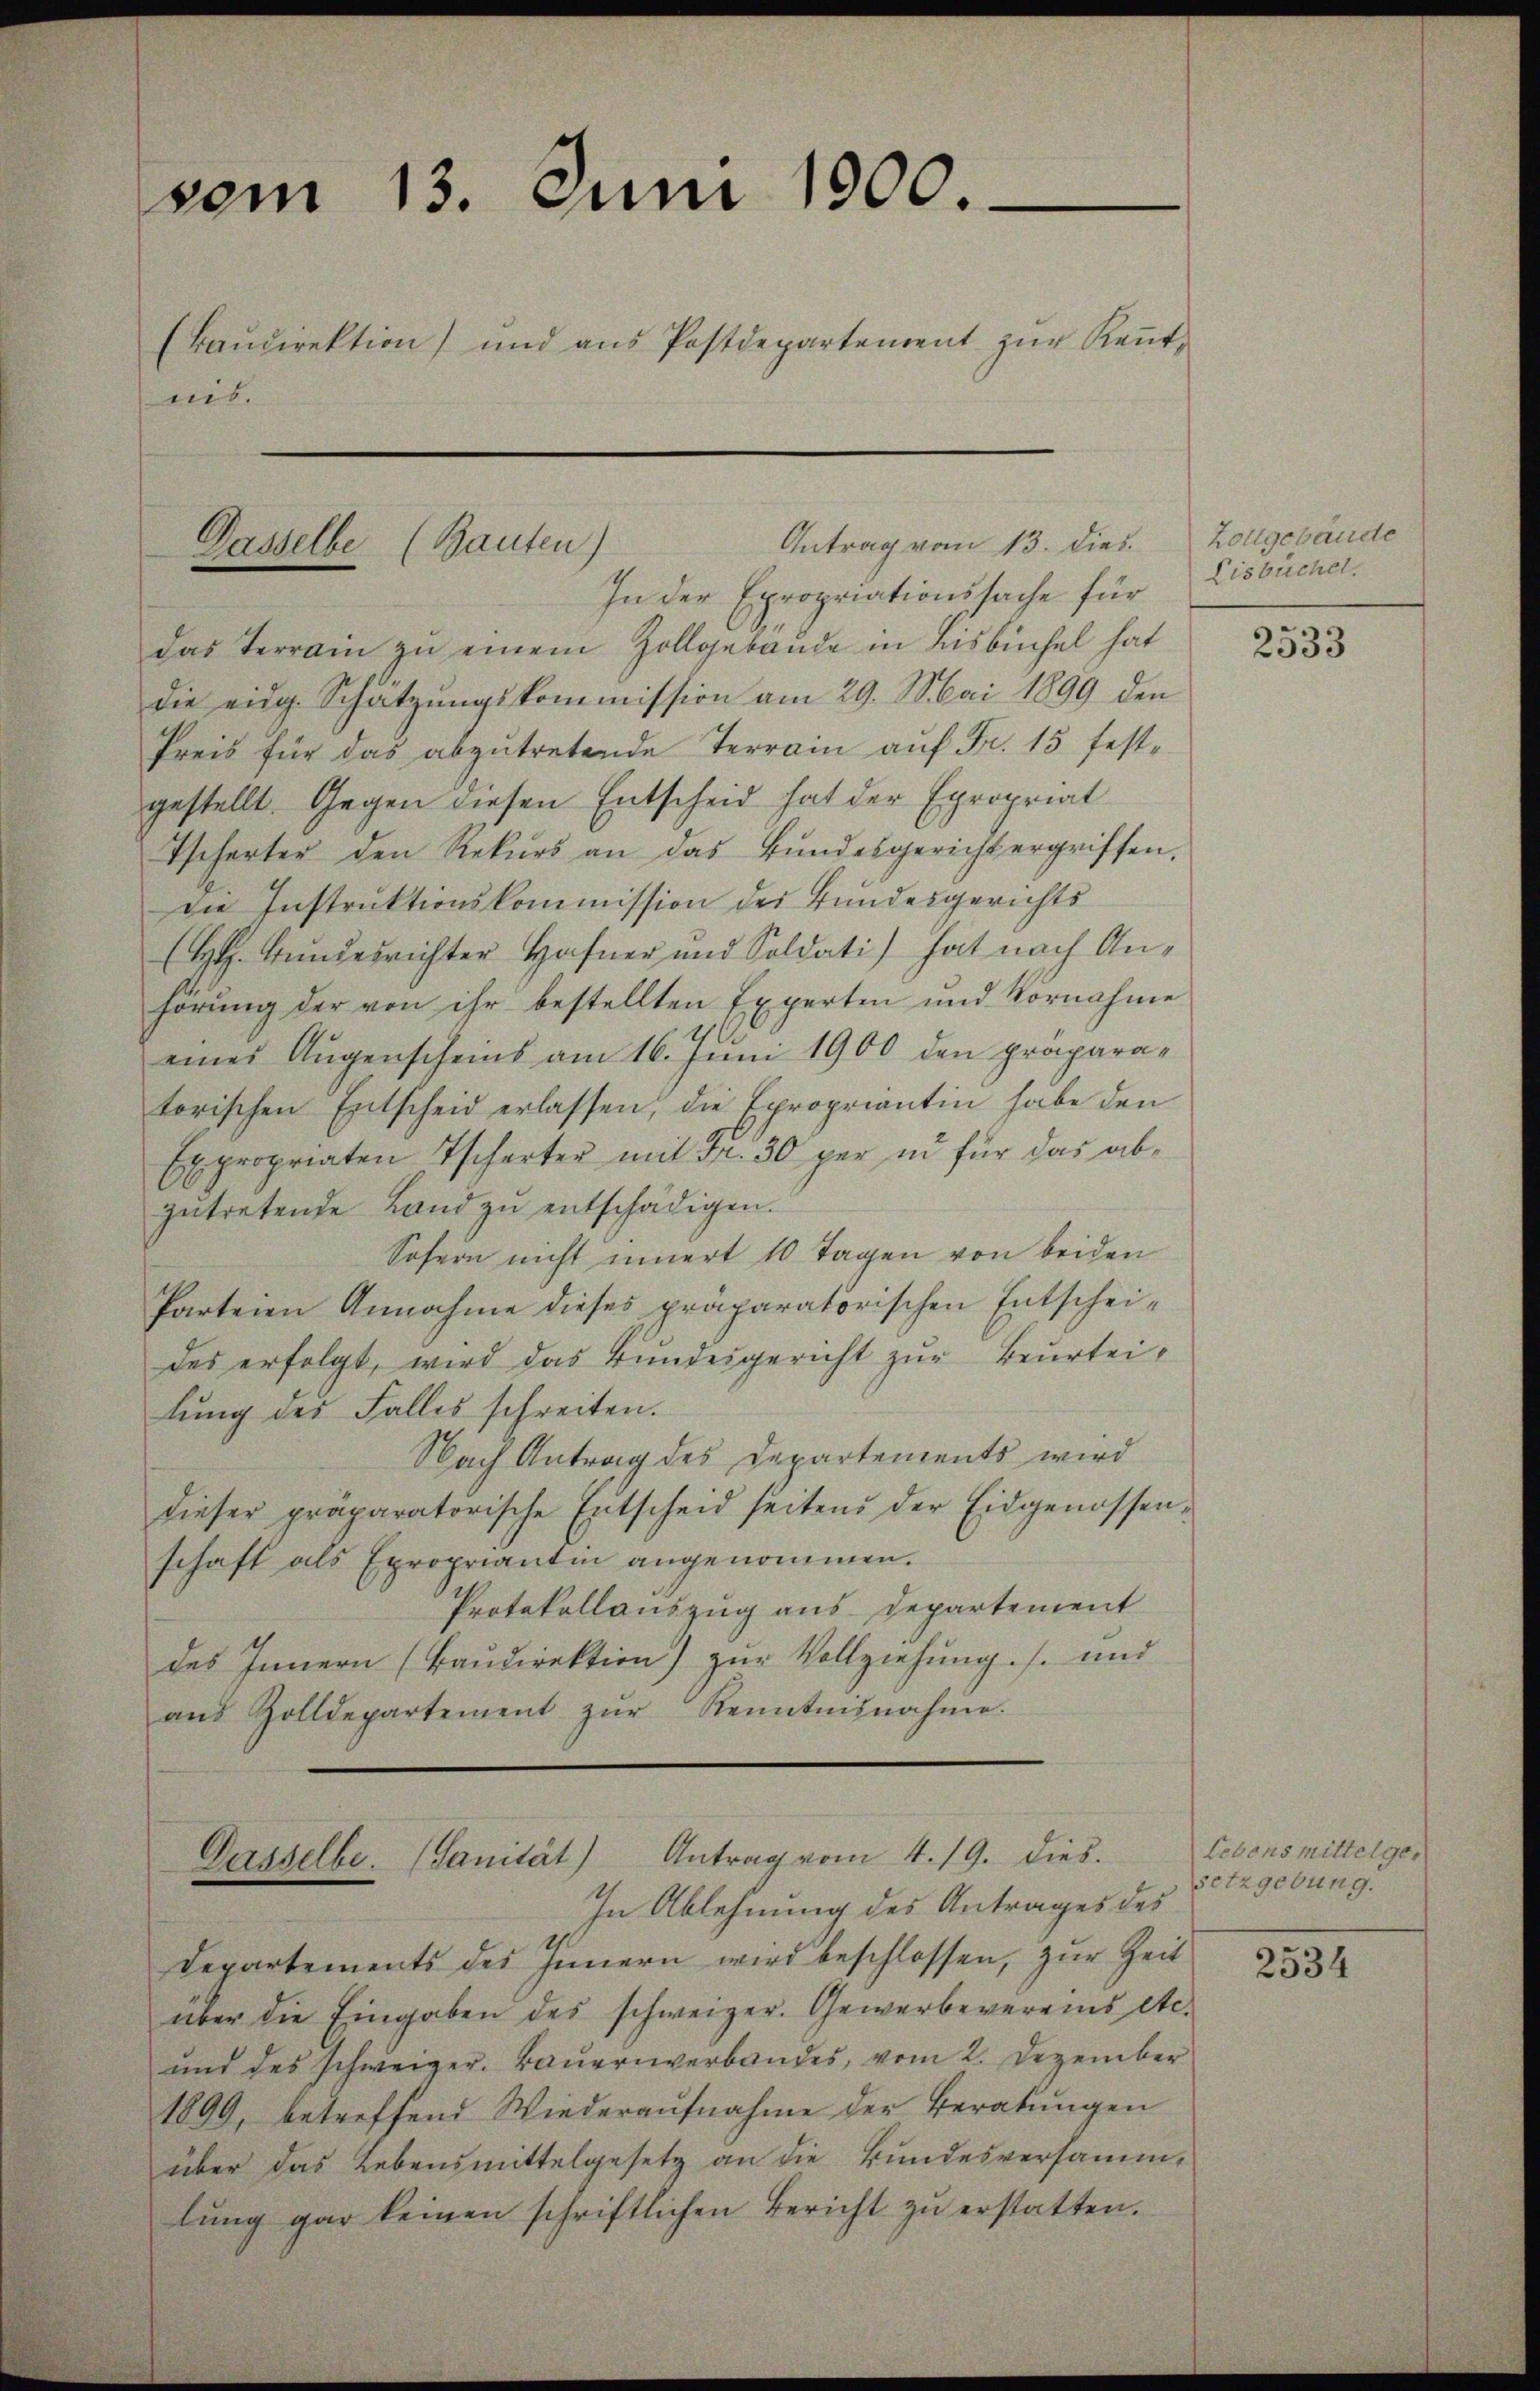
vom 13. Juni 1900.
(Baŭdirektion) und aŭs Postdepartement zŭr Keṅt-
ris.

das Terrain zu einem Zollgebäude in Bisbüchel hat
die eidg. Schätzŭngskommission am 29. Mai 1899 den
Preis für das abzutretende Terrain auf Fr. 15 festgestellt. Gegen diesen Entscheid hat der Epropriat
Tscherter den Rekŭrs an das Bundesgericht ergriffen.
die Instruktionskommission des Bundesgerichts
(H. Bundesrichter Hafner und Soldati) hat nach Anhörŭng der von ihr bestellten Experten und Vornahme
eines Augenscheins am 16. Juni 1900 den präparatorischen Entscheid erlassen, die Epropriantin habe den
Expropriaten Tscherter mit Fr. 30 per in für das abzŭtretende Land zŭ entschädigen.
Sofern nicht innert 10 Tagen von beiden
Parteien Annahme dieses präparatorischen Entscheides erfolgt, wird das Bundesgericht zur Beurteilŭng des Falles schreiten.
Nach Antrag des Departements wird
dieser präparatorische Entscheid seitend der Eidgenossenschaft als Epropriantin angenommen.
Protokollauszug aus Departement
des Innern (Baudirektion) zur Vollziehung s. und
aŭs Zolldepartement zŭr Kenntnisnahme.

Dasselbe (Bauten)

Antrag vom 13. dies

In der Expropriationssache für Eisbucher,

Dasselbe. (Sanität) Antrag vom 4. 19. dies.
In Ablehnung des Antrages des

Departements des Innern wird beschlossen, zur Zeit
über die Eingaben des schweizer. Gewerbevereins etc.
und des schweizer. Bauernverbandes, vom 2. Dezember
1899, betreffend Wiederaufnahme der Beratungen
über das Lebensmittelgesetz an die Bundesversamm-
lŭng gar keinen schriftlichen Bericht zŭ erstatten.

Zollgebäude

2533

Lebensmittelgesetzgebung.

2534